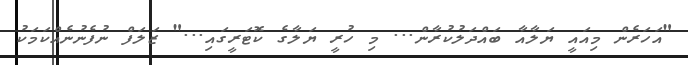
"އަހަރެން މިއައީ ޔަލާއާ ބައްދަލުކުރާން... މި ހުރީ ޔަލާގެ ކޮޓަރީގައި..." ޒަލަފް ނުފެނުނެއްކަމަކު